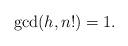
LaTeX: \begin{align*}\gcd(h,n!)=1.\end{align*}